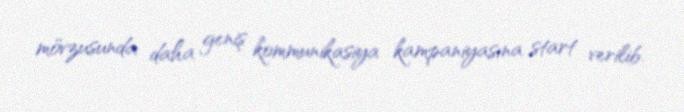
mövzusunda daha geniş kommunikasiya kampaniyasına start verilib.